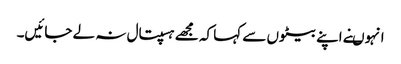
انہوںنے اپنے بیٹوں سے کہا کہ مجھے ہسپتال نہ لے جائیں۔